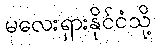
မလေးရှားနိုင်ငံသို့